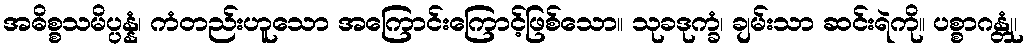
အဓိစ္စသမိပ္ပန္နံ၊ ကံတည်းဟူသော အကြောင်းကြောင့်ဖြစ်သော။ သုခဒုက္ခံ၊ ချမ်းသာ ဆင်းရဲကို။ ပစ္စာဂန္တုံ၊